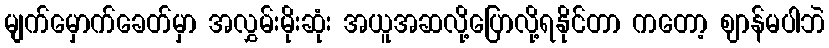
မျက်မှောက်ခေတ်မှာ အလွှမ်းမိုးဆုံး အယူအဆလို့ပြောလို့ရနိုင်တာ ကတော့ ဈာန်မပါဘဲ